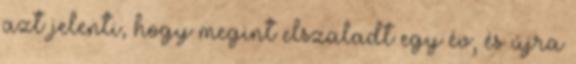
azt jelenti, hogy megint elszaladt egy év, és újra